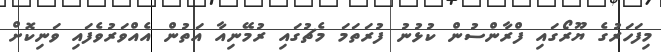
މިފަހަރުގެ ޔޫރޯގައި ފްރާންސުން ކުޅުނު ފުރަތަމަ މެޗުގައި ރުމޭނިއާ އަތުން އެއްވަރުވެފައި ވަނިކޮށް